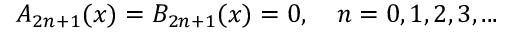
A _ { 2 n + 1 } ( x ) = B _ { 2 n + 1 } ( x ) = 0 , \quad n = 0 , 1 , 2 , 3 , . . .